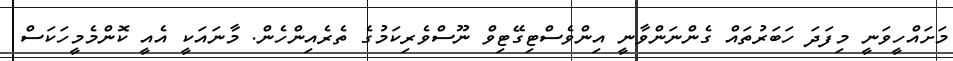
މަށައްހީވަނީ މިފަދަ ހަބަރުތައް ގެންނަންވާނީ އިންވެސްޓިގޭޓިވް ނޫސްވެރިކަމުގެ ތެރެއިންހެން. މާނައަކީ އެއީ ކޮންމެމީހަކަސް